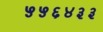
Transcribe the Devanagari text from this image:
५५६४३३